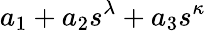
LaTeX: a_{1}+a_{2}s^{\lambda}+a_{3}s^{\kappa}